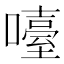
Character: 㘆